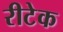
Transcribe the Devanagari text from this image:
रीटेक